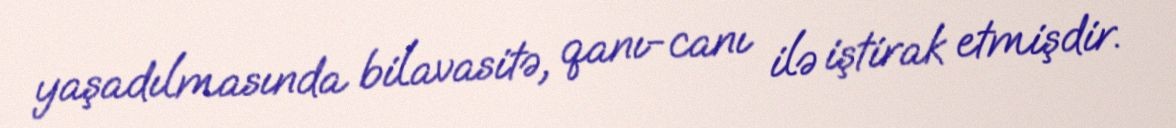
yaşadılmasında bilavasitə, qanı-canı ilə iştirak etmişdir.